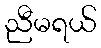
ညီမရယ်